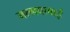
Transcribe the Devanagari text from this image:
मल्लवाबाई